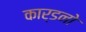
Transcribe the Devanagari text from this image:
कार्डनो